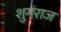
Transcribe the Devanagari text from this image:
शुगंराज